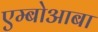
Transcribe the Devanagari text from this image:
एम्बोआबा